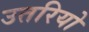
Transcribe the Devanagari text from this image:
उतरियो